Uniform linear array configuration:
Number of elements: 48
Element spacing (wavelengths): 0.5
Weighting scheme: uniform
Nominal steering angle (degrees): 60
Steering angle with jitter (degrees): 58.586
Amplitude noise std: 0.05
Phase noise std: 0.05

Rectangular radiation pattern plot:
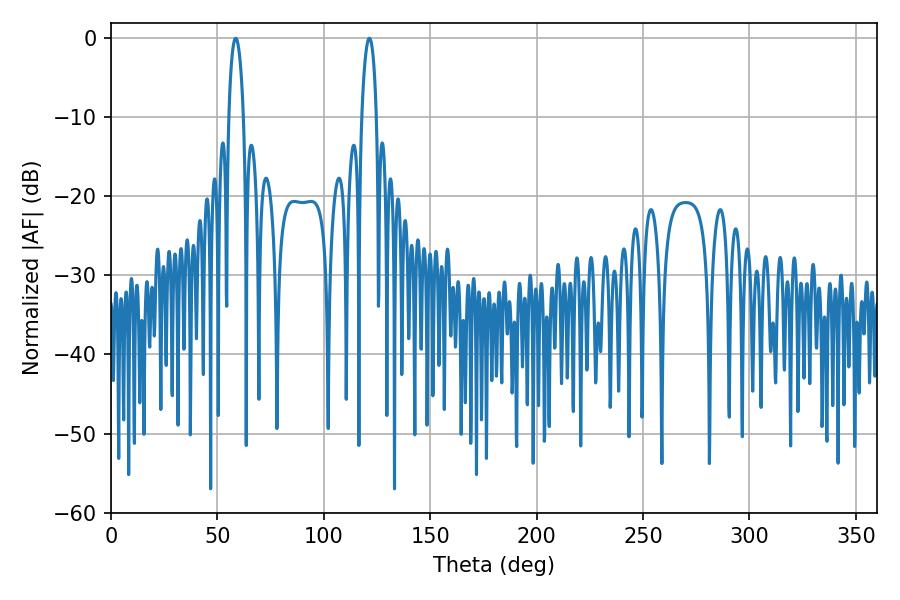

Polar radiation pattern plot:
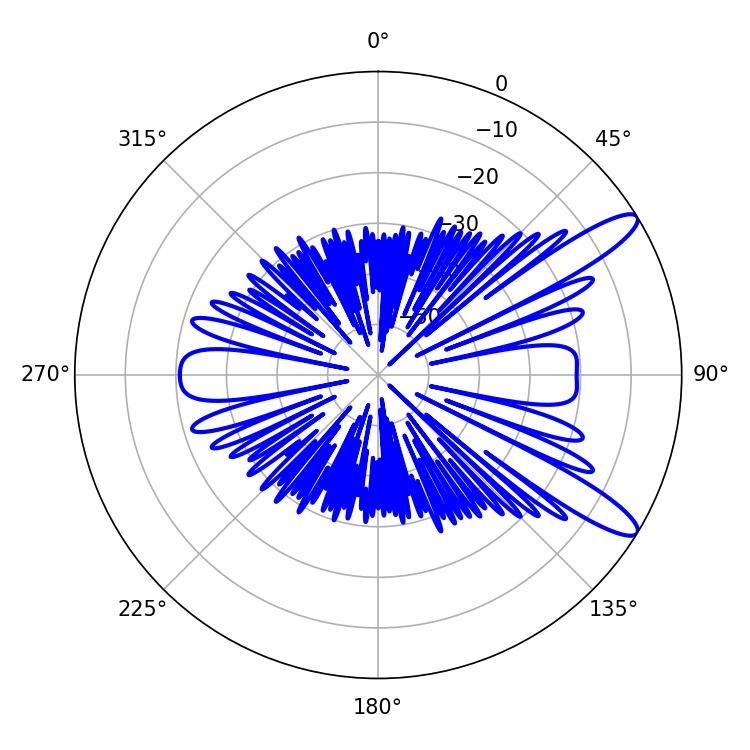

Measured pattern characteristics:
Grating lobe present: FALSE
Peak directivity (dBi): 11.764
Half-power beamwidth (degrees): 3.96
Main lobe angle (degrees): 58.68